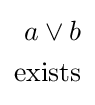
{\begin{aligned}a\vee b\\{\text{exists}}\end{aligned}}